Sketch of the medical history of the native army of Bombay, for the year
Year: 1876
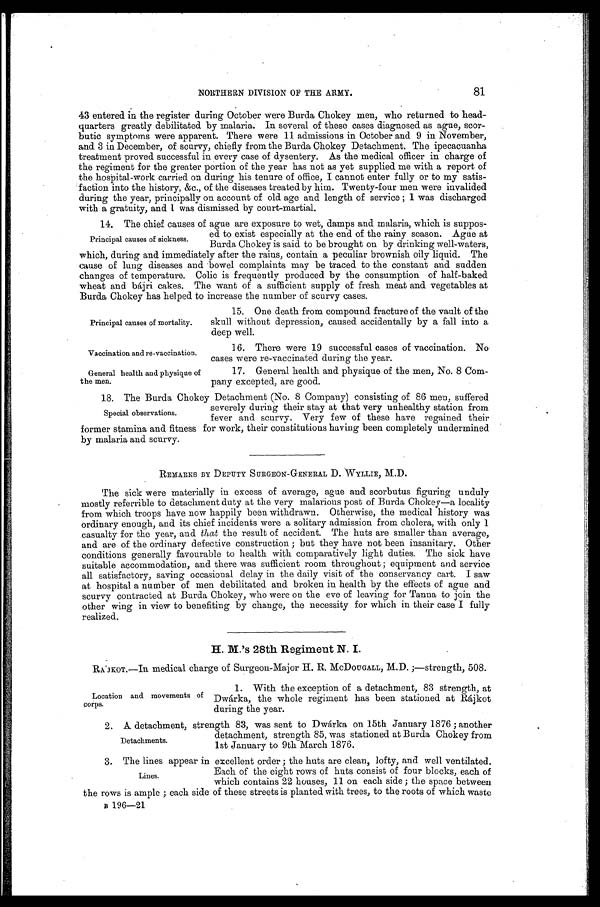
Principal causes of mortality.
Vaccination and re-vaccination.
General health and physique of
the men.
81
NORTHERN DIVISION OF THE ARMY.
43 entered in the register during October were Burda Chokey men, who returned to head-
-quarters greatly debilitated by malaria. In several of these cases diagnosed as ague, scor--
butic symptoms were apparent. There were 11 admissions in October and 9 in November,
and 3 in December, of scurvy, chiefly from the Burda Chokey Detachment. The ipecacuanh
treatment proved successful in every case of dysentery. As the medical officer in charge of
the regiment for the greater portion of the year has not as yet supplied me with a report of
the hospital-work carried. on during his tenure of office, I cannot enter fully or to my satis--
faction into the history, &c., of the diseases treated by him. Twenty-four men were invalided
during the year, principally on account of old age and length of service; 1 w a s d i s c h a r g e d
with a gratuity, and I was dismissed by court-martial.
14. The chief causes of ague are exposure to wet, damps and malaria, which is suppos
-
ed to exist especially at the end of the rainy season. Ague at
Burda Chokey is said to be brought on by drinking well-waters,
which, during and immediately after the rains, contain a peculiar brownish oily liquid. The
cause of lung diseases and bowel complaints may be traced to the constant and sudden
changes of temperature. Colic is frequently produced by the consumption of half-baked
wheat and bájri cakes. The want of a sufficient supply of fresh meat and vegetables at
Burda Chokey has helped to increase the number of scurvy cases.
Principal causes of sickness.
15. One death from compound fracture of the vault of the
skull without depression, caused accidentally by a fall into a
deep well.
16. There were 19 successful cases of vaccination. No
cases were re-vaccinated during the year.
17. General health and physique of the men, No. 8 Com
-pany excepted, are good.
18. The Burda Chokey Detachment (No. 8 Company) consisting of 86 men, suffered
severely during their stay at that very unhealthy station from
fever and scurvy. Very few of these have regained their
former stamina and fitness for work, their constitutions having been completely undermined
by malaria and scurvy.
REMARKS BY DEPUTY SURGEON-GENERAL D. WYLLIE, M.D.
The sick were materially in excess of average, ague and scorbutus figuring unduly
mostly referrible to detachment duty at the very malarious post of Burda Chokey—a locality
from which troops have now happily been withdrawn. Otherwise, the medical history was
ordinary enough, and its chief incidents were a solitary admission from cholera, with only 1
casualty for the year, and that the result of accident. The huts are smaller than average,
and are of the ordinary defective construction; but they have not been insanitary. Other
conditions generally favourable to health with comparatively light duties. The sick have
suitable accommodation, and there was sufficient room throughout; equipment and service
all satisfactory, saving occasional delay in the daily visit of the conservancy cart. I saw
at hospital a number of men debilitated and broken in health by the effects of ague and
scurvy contracted at Burda Chokey, who were on the eve of leaving for Tanna to join the
other wing in view to benefiting by change, the necessity for which in their case I fully
realized.
H. M.'s 28th Regiment N. I.
RA'JKOT.—In medical charge of Surgeon-Major H. R. McDOUGALL, M.D.;—strength, 508.
Special observations.
Location and movements of
corps.
1. With the exception of a detachment, 83 strength, at
Dwárka, the whole regiment has been stationed at Rájkot
during the year.
2 . A d e t a c h m e n t , s t r e n g t h 8 3 , w a s s e n t t o D w á r k a o n 1 5 t h J a n u a r y 1 8 7 6 ; a n o t h e r
detachment, strength 85, was stationed at Burda Chokey from
1st January to 9th March 1876.
3 . T h e l i n e s a p p e a r i n e x c e l l e n t o r d e r ; t h e h u t s a r e c l e a n , l o f t y , a n d w e l l v e n t i l a t e d .
Each of the eight rows of huts consist of four blocks, each of
which contains 22 houses, 11 on each side; the space between
the rows is ample; each side of these streets is planted with trees, to the roots of which waste
B 196—21
Detachments.
Lines.